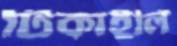
টিকাইলি